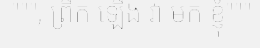
""", ព្រឹក ឡើង វា មក ខ្ញុំ"""